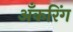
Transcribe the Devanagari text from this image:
अँकरिंग